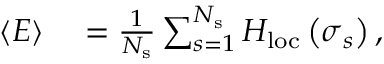
\begin{array} { r l } { \langle E \rangle } & { { } = \frac { 1 } { N _ { \mathrm { s } } } \sum _ { s = 1 } ^ { N _ { \mathrm { s } } } H _ { \mathrm { l o c } } \left( \boldsymbol { \sigma } _ { s } \right) , } \end{array}